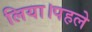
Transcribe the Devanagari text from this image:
लिया।पहले